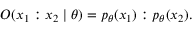
O ( x _ { 1 } : x _ { 2 } \mid \theta ) = p _ { \theta } ( x _ { 1 } ) : p _ { \theta } ( x _ { 2 } ) .